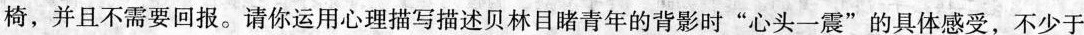
椅，并且不需要回报。请你运用心理描写描述贝林目睹青年的背影时”心头一震”的具体感受，不少于